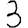
Digit: 3